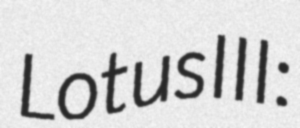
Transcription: Lotus III: